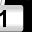
Digit: 1